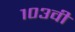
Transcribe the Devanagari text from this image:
१०३वी